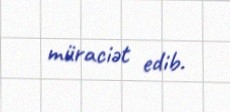
müraciət edib.